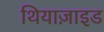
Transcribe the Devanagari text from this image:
थियाज़ाइड